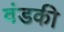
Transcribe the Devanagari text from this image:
वंडकी